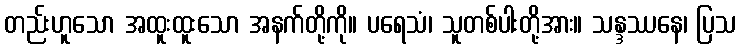
တည်းဟူသော အထူးထူးသော အနက်တို့ကို။ ပရေသံ၊ သူတစ်ပါးတို့အား။ သန္ဒဿနေ၊ ပြသ